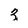
Character: 3